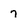
Character: 7